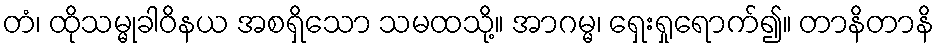
တံ၊ ထိုသမ္မုခါဝိနယ အစရှိသော သမထသို့။ အာဂမ္မ၊ ရှေးရှုရောက်၍။ တာနိတာနိ